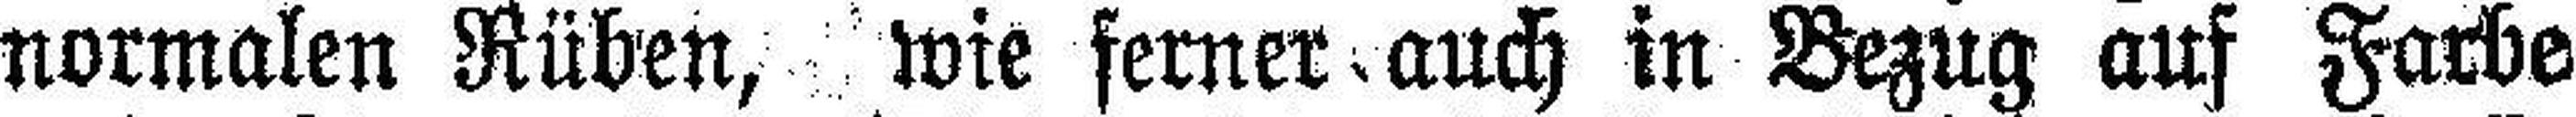
normalen Rüben, wie ferner auch in Bezug auf Farbe